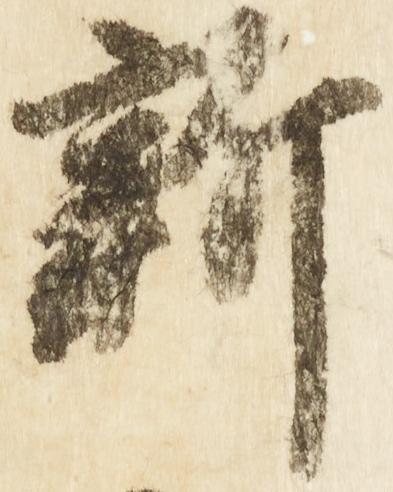
新